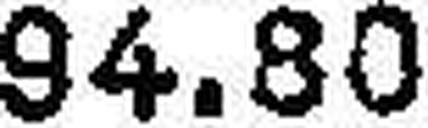
94.80